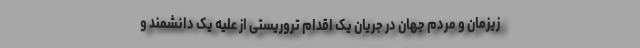
زیزمان و مردم جهان در جریان یک اقدام تروریستی از علیه یک دانشمند و